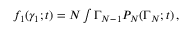
\begin{array} { r } { f _ { 1 } ( \gamma _ { 1 } ; t ) = N \int \d \Gamma _ { N - 1 } P _ { N } ( \Gamma _ { N } ; t ) \, , } \end{array}